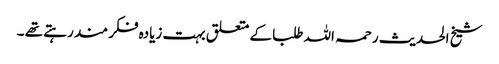
شیخ الحدیث رحمہ اللہ طلبا کے متعلق بہت زیادہ فکر مند رہتے تھے ۔